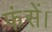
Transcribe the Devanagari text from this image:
फंसें।